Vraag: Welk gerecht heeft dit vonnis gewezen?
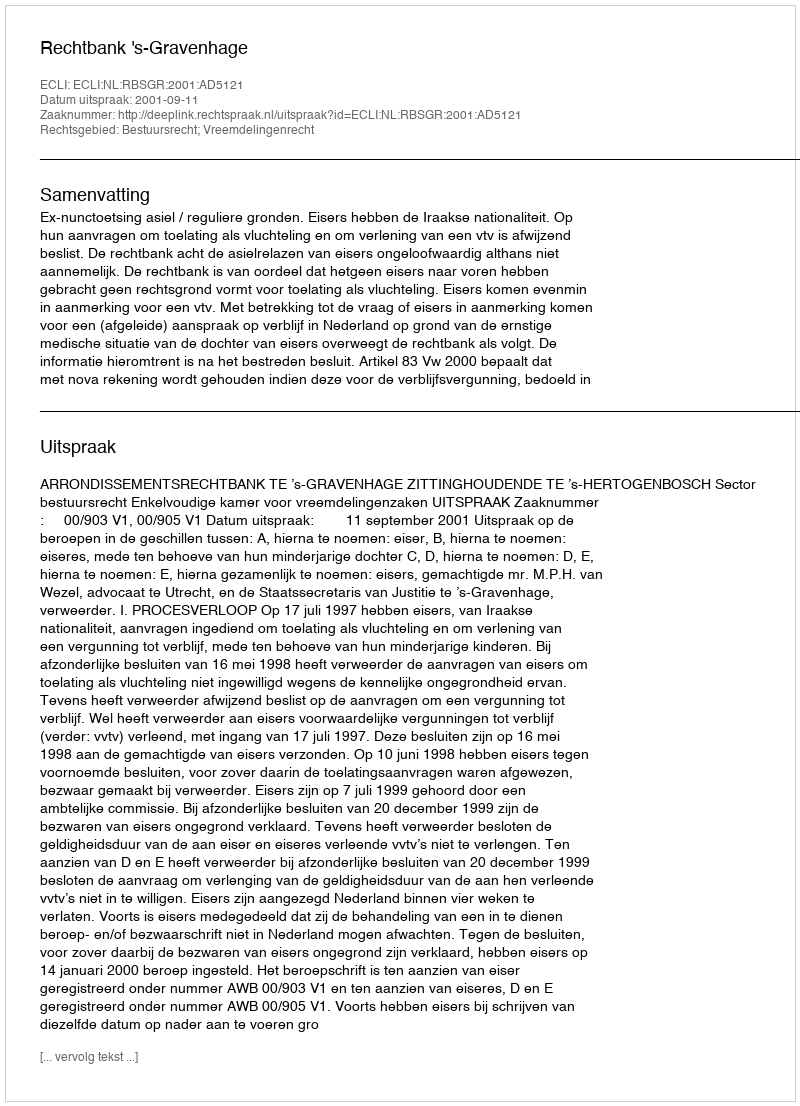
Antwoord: Rechtbank 's-Gravenhage